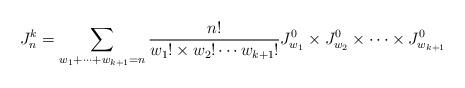
LaTeX: \begin{align*} J^k_n=\sum\limits_{w_{1}+\cdots+w_{k+1}= n}\frac{n!}{w_{1}!\times w_{2}!\cdots w_{k+1}!}J^0_{w_{1}}\times J^0_{w_{2}}\times\cdots\times J^0_{w_{k+1}}\end{align*}